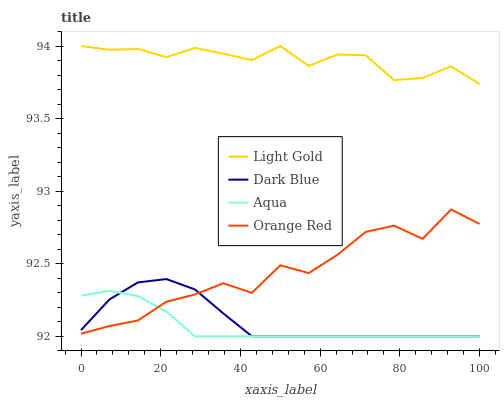
| xaxis_label | Light Gold | Dark Blue | Aqua | Orange Red |
 | --- | --- | --- | --- | --- |
 | 0 | 94 | 92 | 92.3 | 92 |
 | 7.14 | 94 | 92.3 | 92.3 | 92.1 |
 | 14.3 | 94 | 92.4 | 92.3 | 92.1 |
 | 21.4 | 93.9 | 92.4 | 92.2 | 92.2 |
 | 28.6 | 94 | 92.3 | 92 | 92.3 |
 | 35.7 | 93.9 | 92.2 | 92 | 92.4 |
 | 42.9 | 93.9 | 92 | 92 | 92.3 |
 | 50 | 94 | 92 | 92 | 92.5 |
 | 57.1 | 93.9 | 92 | 92 | 92.4 |
 | 64.3 | 93.9 | 92 | 92 | 92.6 |
 | 71.4 | 93.9 | 92 | 92 | 92.7 |
 | 78.6 | 93.8 | 92 | 92 | 92.8 |
 | 85.7 | 93.8 | 92 | 92 | 92.7 |
 | 92.9 | 93.9 | 92 | 92 | 92.9 |
 | 100 | 93.7 | 92 | 92 | 92.8 |